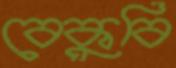
বেকুবি